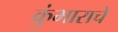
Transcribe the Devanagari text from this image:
कुंभाराचे